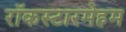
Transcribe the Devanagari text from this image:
रॉकस्टारमेहम